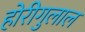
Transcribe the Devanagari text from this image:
होरीगुलाल